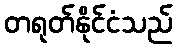
တရုတ်နိုင်ငံသည်